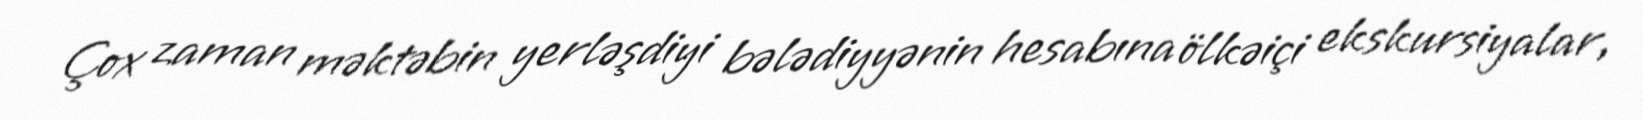
Çox zaman məktəbin yerləşdiyi bələdiyyənin hesabına ölkəiçi ekskursiyalar,